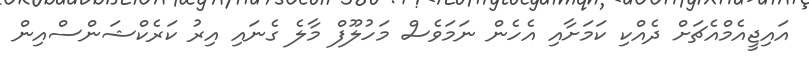
އައިޖީއެމްއެޗަށް ދެއްކި ކަމަށާއި އެހެން ނަމަވެސް މަހުލޫފް މާލެ ގެނައި އިރު ކަރެކްޝަންސްއިން